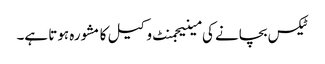
ٹیکس بچانے کی مینیجمنٹ وکیل کا مشورہ ہوتا ہے۔